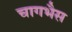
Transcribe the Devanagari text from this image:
चागभैस